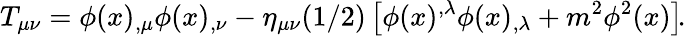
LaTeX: T_{\mu\nu}=\phi(x)_{,\mu}\phi(x)_{,\nu}-\eta_{\mu\nu}(1/2)\left[\phi(x)^{,\lambda}\phi(x)_{,\lambda}+m^{2}\phi^{2}(x)\right]\! .